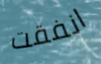
انفقت